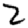
Digit: 2